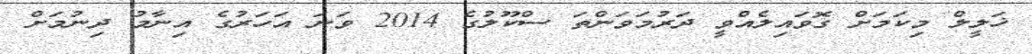
ޚަލީލް މިކަމަށް ގޮވައިިލެއްވީ ދަރުމަވަންތަ ސްކޫލުގެ 2014 ވަަނަ އަހަރުގެ އިނާމު ދިނުމަށް